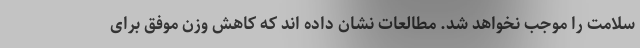
سلامت را موجب نخواهد شد. مطالعات نشان داده اند که کاهش وزن موفق برای